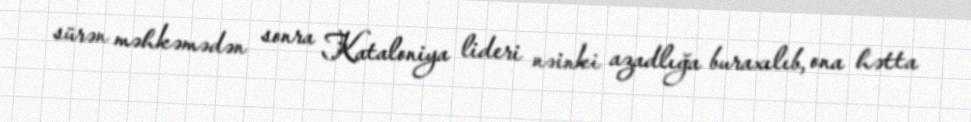
sürən məhkəmədən sonra Kataloniya lideri nəinki azadlığa buraxılıb, ona hətta